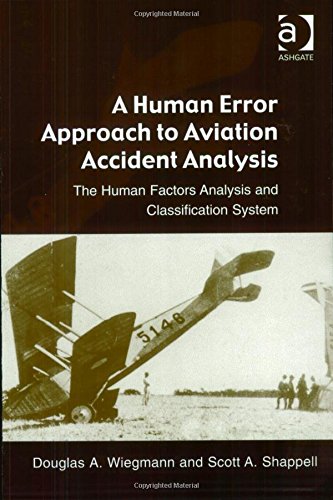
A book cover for A Human Error Approach to Aviation Accident Analysis: The Human Factors Analysis and Classification System; Douglas A. Wiegmann; Engineering & Transportation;